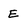
Character: E